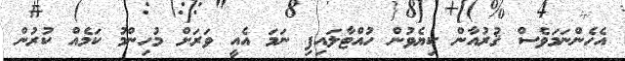
އެހެންނަމަވެސް ޤުރުއާން ކިޔެވުން ހުއްޓާލައިފި ނަމަ އެއީ ވަރަށް މުހިންމު ކަމެއް ކުރުން